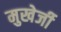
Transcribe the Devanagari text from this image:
मुखेर्जी